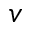
v